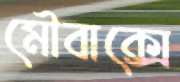
মৌবাক্সে